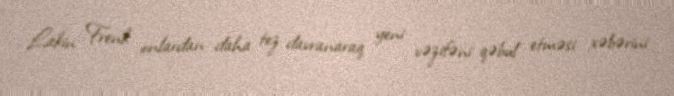
Lakin Frenk onlardan daha tez davranaraq yeni vəzifəni qəbul etməsi xəbərini